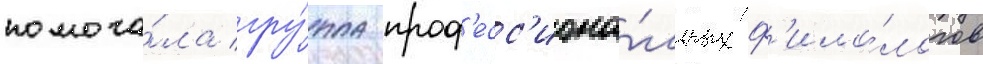
помога́ла гру́ппа проф'есс'иона́льных ф'ило́логов